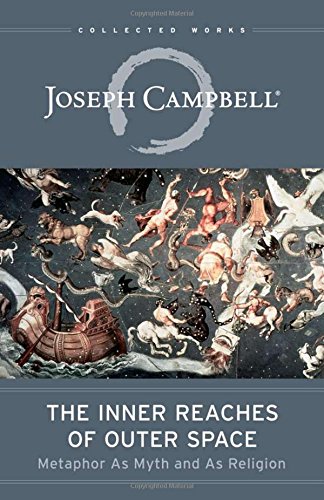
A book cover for The Inner Reaches of Outer Space: Metaphor as Myth and as Religion (The Collected Works of Joseph Campbell); Joseph Campbell; Medical Books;